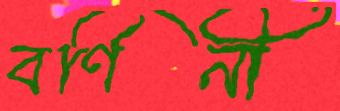
বর্ণিনী